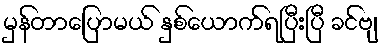
မှန်တာပြောမယ် နှစ်ယောက်ရပြီးပြီ ခင်ဗျ